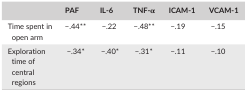
<table><thead><tr><td></td><td><b>PAF</b></td><td><b>IL‐6</b></td><td><b>TNF‐α</b></td><td><b>ICAM‐1</b></td><td><b>VCAM‐1</b></td></tr></thead><tbody><tr><td>Time spent in open arm</td><td>−.44**</td><td>−.22</td><td>−.48**</td><td>−.19</td><td>−.15</td></tr><tr><td>Exploration time of central regions</td><td>−.34*</td><td>−.40*</td><td>−.31*</td><td>−.11</td><td>−.10</td></tr></tbody></table>